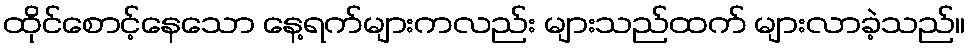
ထိုင်စောင့်နေသော နေ့ရက်များကလည်း များသည်ထက် များလာခဲ့သည်။